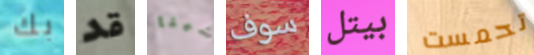
بك قد شيفا سوف بيتل تحمست